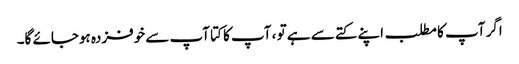
اگر آپ کا مطلب اپنے کتے سے ہے تو ، آپ کا کتا آپ سے خوفزدہ ہوجائے گا۔